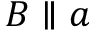
B \parallel { } a